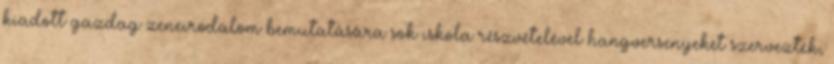
kiadott gazdag zeneirodalom bemutatására sok iskola részvételével hangversenyeket szerveztek,